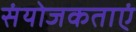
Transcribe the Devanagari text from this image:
संयोजकताएं